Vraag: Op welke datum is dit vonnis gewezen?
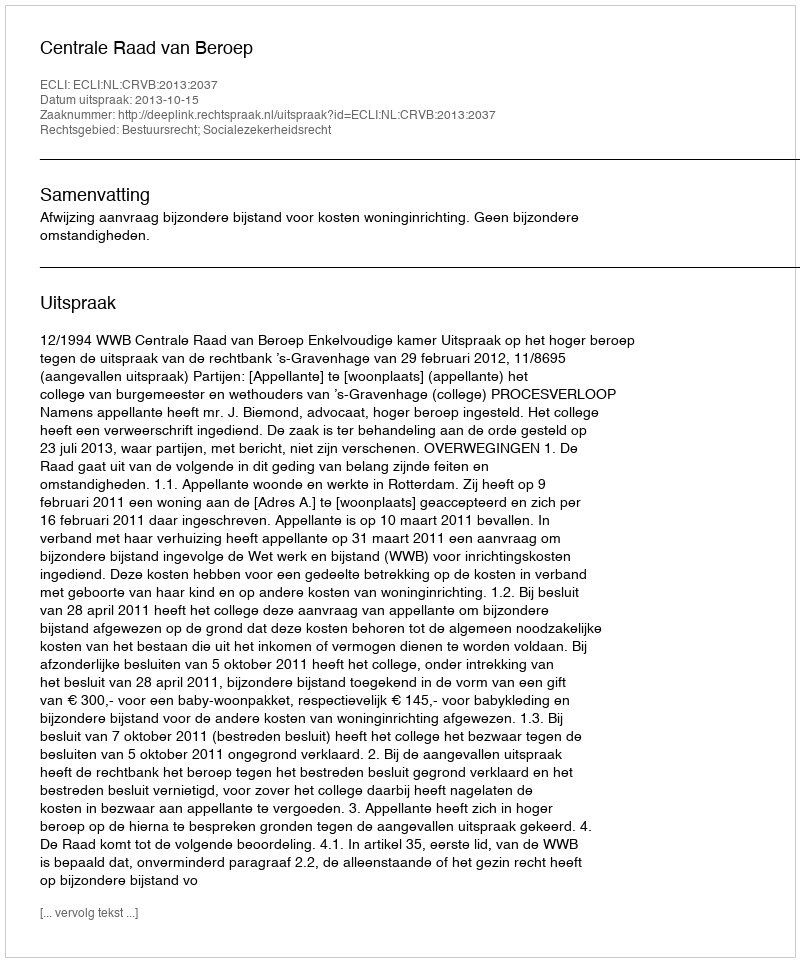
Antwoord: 2013-10-15